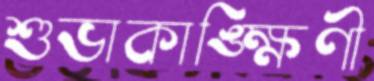
শুভাকাঙ্ক্ষিণী